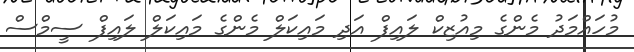
މުހައްމަދު މެންގެ މިއުޒިކް ލައިފް އަދި މައިކަލް މެންގެ މައިކަލް ލައިފް ސީމްސް